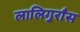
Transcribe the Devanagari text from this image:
लालिगुराँस